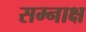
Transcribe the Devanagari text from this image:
सम्नाक्ष